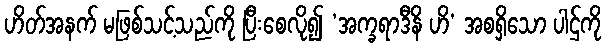
ဟိတ်အနက် မဖြစ်သင့်သည်ကို ပြီးစေလို၍ ‘အက္ခရာဒီနိ ဟိ’ အစရှိသော ပါဌ်ကို